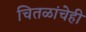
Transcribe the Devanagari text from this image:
चितळांचेही